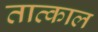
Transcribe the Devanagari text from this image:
तात्काल